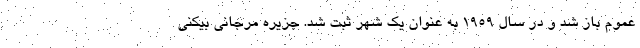
عموم باز شد و در سال 1959 به عنوان یک شهر ثبت شد. جزیره مرجانی بیکنی